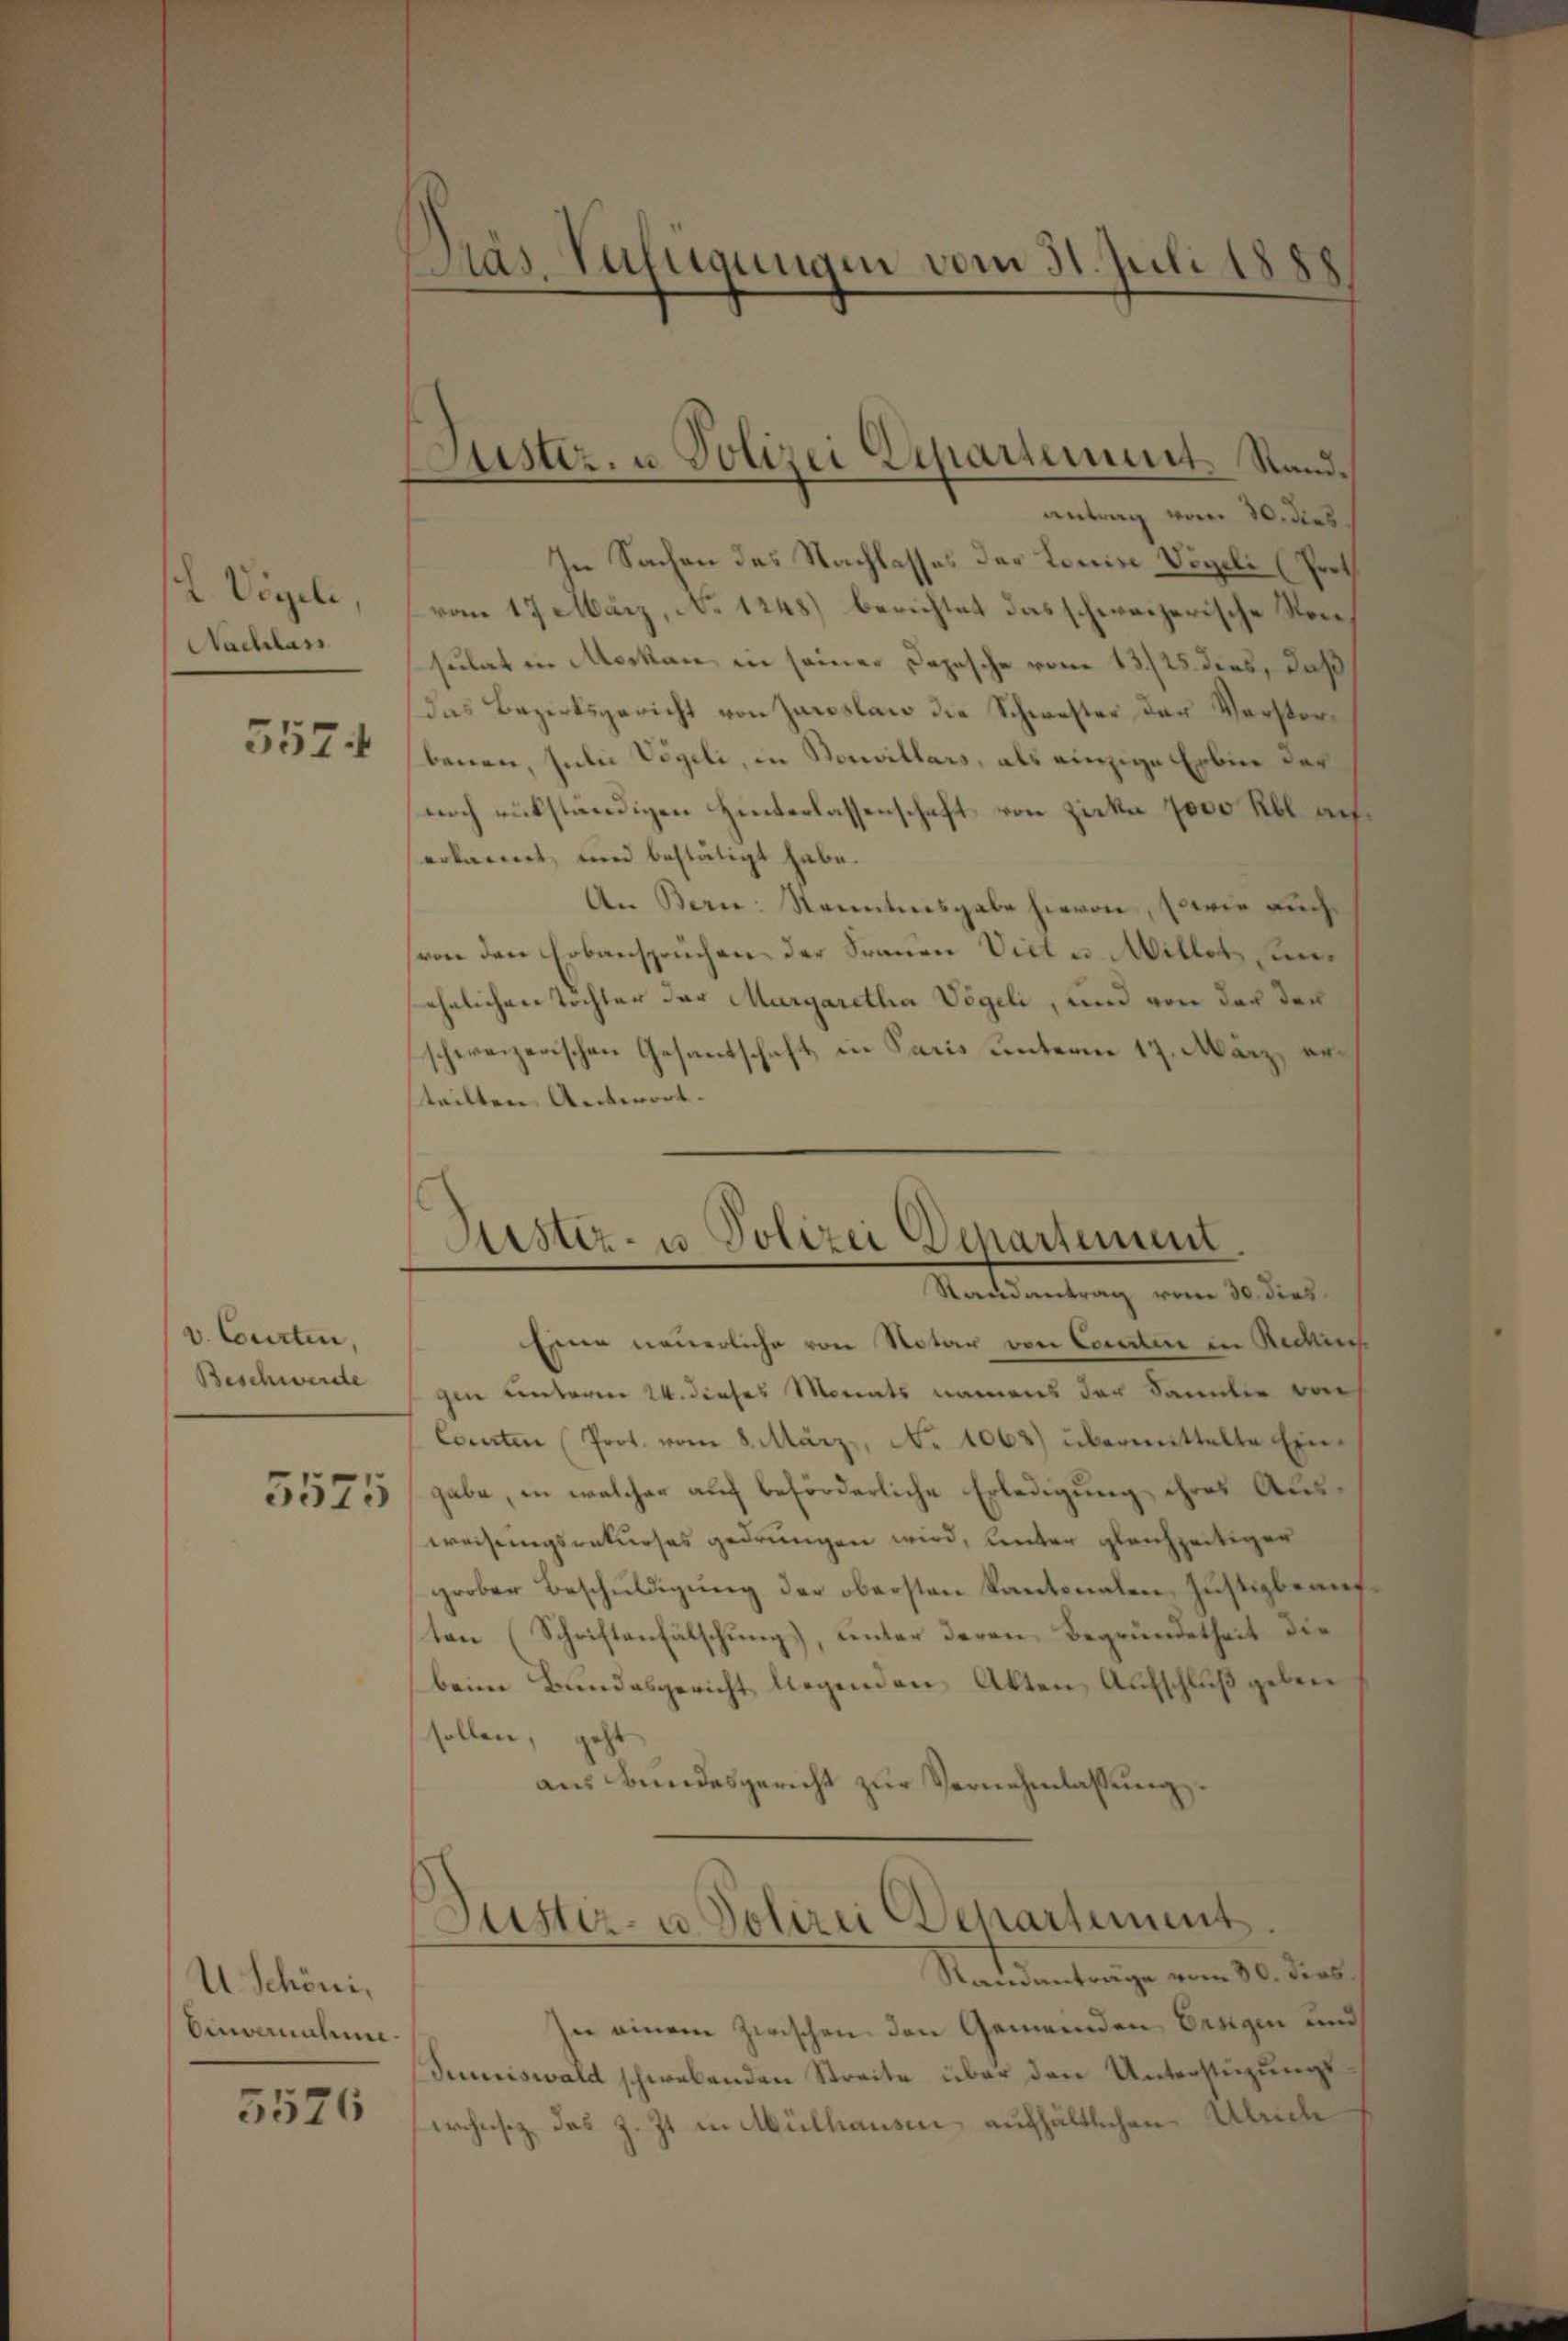
L Vögeli,
Nachlass
5574

v. Courten,
Beschwerde
5575

U Schöni,
Einvernahm

5526

antrag vom 30. Dieb
In Sachen des Nachlasses der Louise Vigili (Proth
vom 17 März, No 1248) berichtet das schweizerische Rede,
sulat in Merken in seiner Depesche vom 13./25. dies, daß
das Bezirksgericht von Janslan die Schwester der Verstorbenen, inden Vögeli, in Souvillars, als einzige Erbene der
noch rükständigen Hinterlassenschaft, von Zicke 7000 Rbl. auf
erkannt, und bestätigt habe.
An Bern: Nenntnisgabe hievon, sowie auch
(von den Erbanspruchen der Frauen Viel u. Willet unehelichen Tochter der Margaretha Vögeli, und von der den
schweizerischen Gesantschaft in Paris unterm 17. März, erteilten Antwort.

Stas. Zufügungen vom 31. Juli 1888

Jüster, u. Polizei Departement. Sand¬

Sistiz- u Polizei Departement.
Randantrag vom 30. dies

Eine neuerliche von Notar von Comitere in Reckisch
gen unterer 24. dieses Morents namens der Familie von
Cocarten (Prot. vom 8. März, No 1068) übermittelte Eingabe, in welcher auf beförderliche Erledigung ihres Ausweisungsraturses gedrungen wird, unter gleichzeitiger
grober Beschuldigung der obersten Kantonalen, Justizbeauften (Schriftenfälschung), unter deren Begründetheit die
beim Bundesgericht, liegenden Akten Aufschluß geben
sollen, geht
aus Bundesgericht zur Vernehmlassung.

Jüster- u. Polizei Departement.

Samanträge vom 30. Dies
hn einem Zwischen den Gemeinden Ereigen und
Jumiswald schwebenden Streite über den Unterstüzungswrohnsiz das z. Zt. in Mülhausen, aufhältlichen Absiche